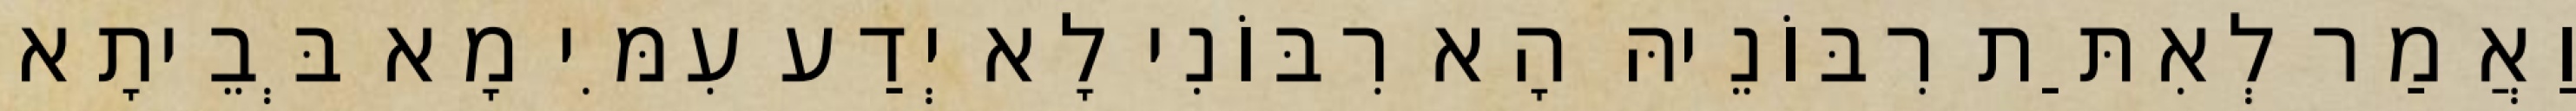
וַאֲמַר לְאִתַּת רִבּוֹנֵיהּ הָא רִבּוֹנִי לָא יְדַע עִמִּי מָא בְּבֵיתָא